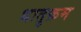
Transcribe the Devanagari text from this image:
धातुक्रम